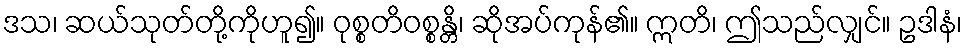
ဒသ၊ ဆယ်သုတ်တို့ကိုဟူ၍။ ဝုစ္စတိဝစ္စန္တိ၊ ဆိုအပ်ကုန်၏။ ဣတိ၊ ဤသည်လျှင်။ ဥဒါနံ၊